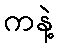
ကနဲ့